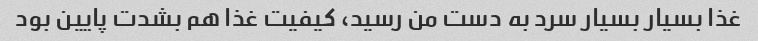
غذا بسیار بسیار سرد به دست من رسید، کیفیت غذا هم بشدت پایین بود